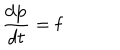
\frac { d { \bf p } } { d t } = { \bf f }